Calcutta medical institutions reports 1879-81 [i.e.91]
Year: 1879
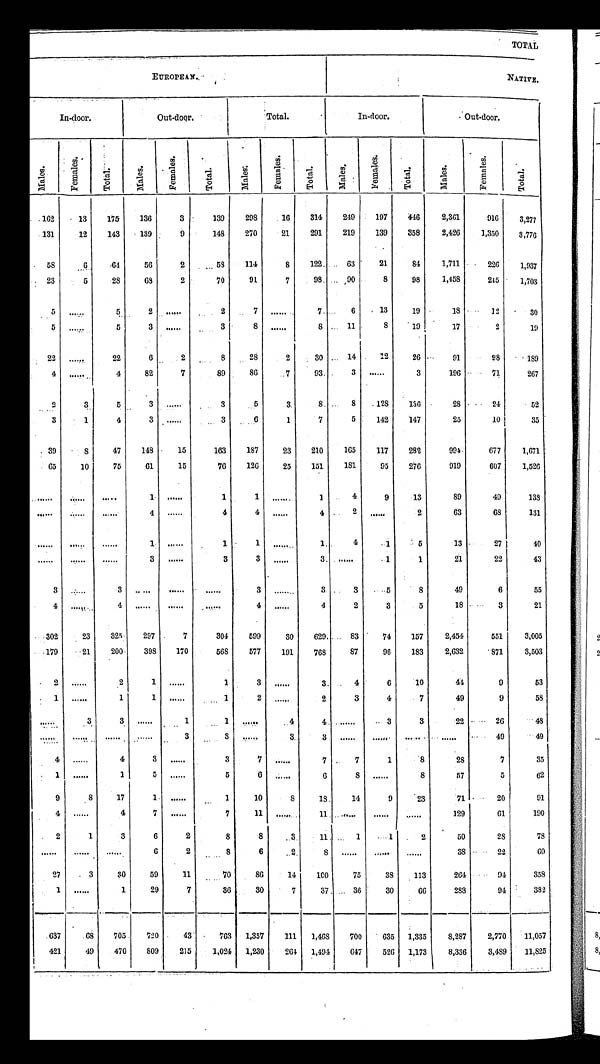
TOTAL
E U R O P E A N .
NATIVE.
In-door.
Out-door.
Total.
In-door.
Out-door.
M a l e s .
F e m a l e s .
T o t a l .
M a l e s .
F e m a l e s .
T o t a l .
M a l e s .
F e m a l e s .
T o t a l .
M a l e s .
F e m a l e s .
T o t a l .
M a l e s .
F e m a l e s .
T o t a l .
162
13
175
136
3
139
298
16
314
249
197
446
2,361
916
3,277
131
12
143
139
9
148
270
21
291
219
139
358
2,426
1,350
3,776
58
6
64
56
2
58
114
8
122
63
21
84
1,711
226
1,937
23
5
28
6 8
2
70
91
7
98
90
8
98
1,458
245
1,703
5
. . .
5
2
. . .
2
7 . . .
7
6
13
19
18
12
3 0
5
. . .
5
3
. . .
3
8
. . .
8 11
8
19
17
2
19
2 2 . . .
22
6
2
8
28
2
30
14
12
26
91
98
189
4 . . .
4
82
7
89
86
7
93
3
. . .
3
196
71
267
2
3
5
3 . . .
3
5
3
8
8
128
136
28
24
52
3
1
4
3 . . .
3
6
1
7
5
142
147
25
10
35
39
8
47
148
15
163
187
23
210
165
117
282
994
677
1,671
65
10
75
61
15
76
126
25
151
181
95
276
919
607
1,526
. . . . . .
. . .
1 . . .
1
1
. . .
1
4
9
13
89
49
138
. . . . . .
. . .
4 . . .
4
4
4
2 . . .
2
63
68
131
. . .
. . .
. . .
1 . . .
1
1 . . .
1
4
1
5
13
27
40
. . .
. . .
. . .
3 . . .
3
3
. . .
3 . . .
1
1
21
22
43
3 . . .
3 . . .
. . .
. . .
3
. . .
3
3
5
8
49
6
55
4 . . .
4 . . .
. . .
. . .
4
. . .
4
2
3
5
18
3
21
302
23
325
297
7
304
599
30
629
83
74
157
2,454
551
3,005
179
21
200
398
170
568
577
191
768
87
96
183
2,632
871
3,503
2 . . .
2
1
. . .
1
3
. . .
3
4
6
10
44
9
53
1 . . .
1
1
. . .
1
2
. . .
2
3
4
7
49
9
58
. . .
3
3 . . .
1
1 . . .
4
4 . . .
3
3
22
26
48
. . . . . .
. . .
. . .
3
3 . . .
3
3 . . .
. . .
. . .
. . .
49
49
4 . . .
4
3
. . .
3
7
. . .
7
7
1
8
28
7
35
1 . . .
1
5
. . .
5
6
. . .
6
8
. . .
8
57
5
62
9
8
17
1
. . .
1
10
8
18
14
9
23
71
20
91
4 . . .
4
7
. . .
7
11
. . .
11
. . .
. . .
. . .
129
61
190
2
1
3
6
2
8
8
3
11
1
1
2
50
28
78
. . .
. . .
. . .
6
2
8
6
2
8 . . .
. . . . . .
38
22
6 0
27
3
30
59
11 70
86
14
100
75
38
113
264
94
358
1 . . .
1
29
7
36
30
7
37
36
30
66
288
94
382
637
68
705
720
43
763 1,357
111
1,468
700
635 1,335
8,287
2,770
11,057
421
49
470
809
215
1,024 1,230
264 1,494
647
526 1,173
8,336
3,489
11,825